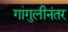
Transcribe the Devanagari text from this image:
गांगुलीनंतर